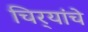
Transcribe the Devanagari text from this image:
चिर्‍यांचे